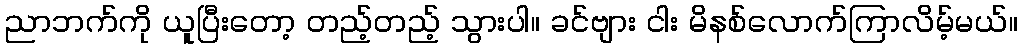
ညာဘက်ကို ယူပြီးတော့ တည့်တည့် သွားပါ။ ခင်ဗျား ငါး မိနစ်လောက်ကြာလိမ့်မယ်။